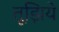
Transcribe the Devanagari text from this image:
तूझिये